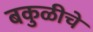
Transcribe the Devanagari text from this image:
बकुळीचे